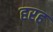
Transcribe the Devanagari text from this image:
हरह